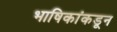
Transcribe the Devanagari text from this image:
भाषिकांकडून